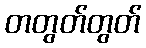
တတွတ်တွတ်